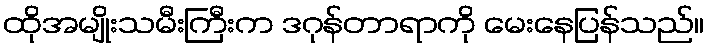
ထိုအမျိုးသမီးကြီးက ဒဂုန်တာရာကို မေးနေပြန်သည်။